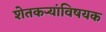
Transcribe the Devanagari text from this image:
शेतकर्‍यांविषयक